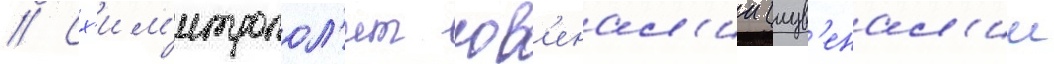
// Сх'им'итропол'ит юв'енал'ии (иув'енал'ии